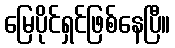
မြေပိုင်ရှင်ဖြစ်နေပြီ။